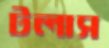
টলাস